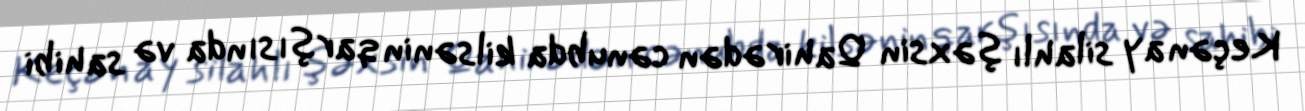
Keçən ay silahlı şəxsin Qahirədən cənubda kilsənin qarşısında və sahibi